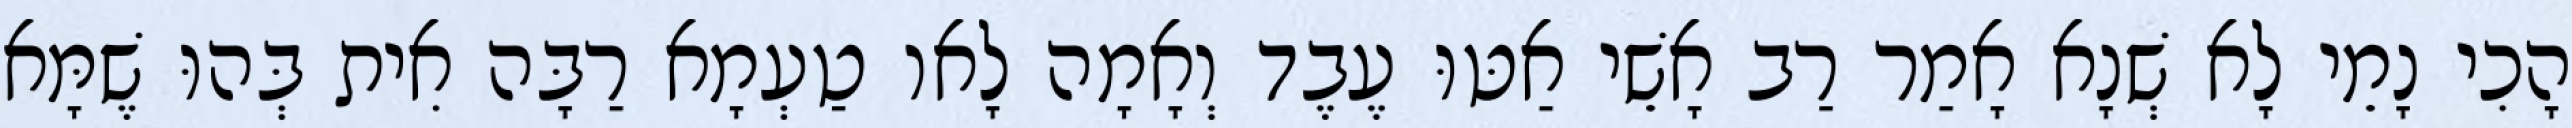
הָכִי נָמֵי לָא שְׁנָא אָמַר רַב אָשֵׁי אַטּוּ עֶבֶד וְאָמָה לָאו טַעְמָא רַבָּה אִית בְּהוּ שֶׁמָּא